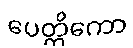
ပေတ္တိကော